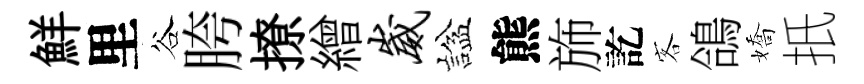
鮮里谷胯撩繒崴諡熊斾訖客鴿嬌扺